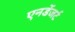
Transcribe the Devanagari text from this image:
एनडेंजर्ट